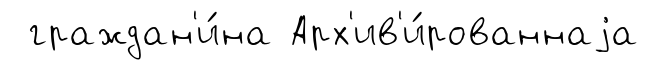
граждан'и́на Арх'ив'и́рованнаjа